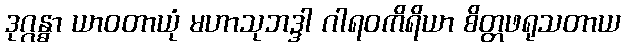
ဒုဂ္ဂန္ဓာ ယာဝတာယုံ မဟာသုဘဒ္ဒါ ဂါရဝကိရိယာ စိတ္တဖရုသတာယ